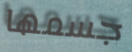
جسمها